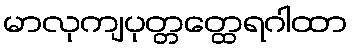
မာလုကျပုတ္တတ္ထေရဂါထာ